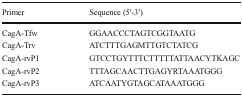
<table><thead><tr><td><b>Primer</b></td><td><b>Sequence (5′-3′)</b></td></tr></thead><tbody><tr><td>CagA-Tfw</td><td>GGAACCCTAGTCGGTAATG</td></tr><tr><td>CagA-Trv</td><td>ATCTTTGAGMTTGTCTATCG</td></tr><tr><td>CagA-rvP1</td><td>GTCCTGYTTTCTTTTTATTAACYTKAGC</td></tr><tr><td>CagA-rvP2</td><td>TTTAGCAACTTGAGYRTAAATGGG</td></tr><tr><td>CagA-rvP3</td><td>ATCAATYGTAGCATAAATGGG</td></tr></tbody></table>